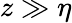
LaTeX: z\gg\eta